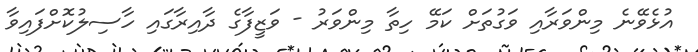
އުޅެވޭނެ މިންވަރާއި ވަގުތަށް ކަމޭ ހިތާ މިންވަރު - ވަޒީފާގެ ދާއިރާގައި ހާސިލުކޮށްފައިވާ